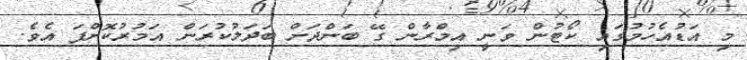
މި އަޑުއެހުމުގައި ކޯޓުން ވަނީ އިމްރާން ގޭ ބަންދަށް ބަދަލުކުރަން އަމުރުކޮށްފަ އެވެ.